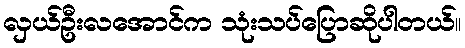
လှယ်ဦးလအောင်က သုံးသပ်ပြောဆိုပါတယ်။